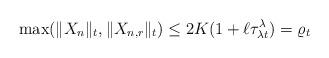
LaTeX: \begin{align*}\max(\|X_n\|_t,\|X_{n,r}\|_t)\leq 2K(1+\ell\tau_{\lambda t}^\lambda)=\varrho_{t}\end{align*}